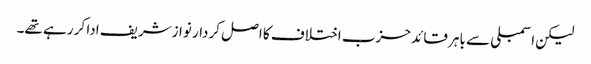
لیکن اسمبلی سے باہر قائد حزب اختلاف کا اصل کردار نوازشریف ادا کر رہے تھے۔